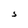
Character: S